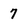
Character: 7